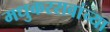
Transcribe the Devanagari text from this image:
मधुकररावांच्या